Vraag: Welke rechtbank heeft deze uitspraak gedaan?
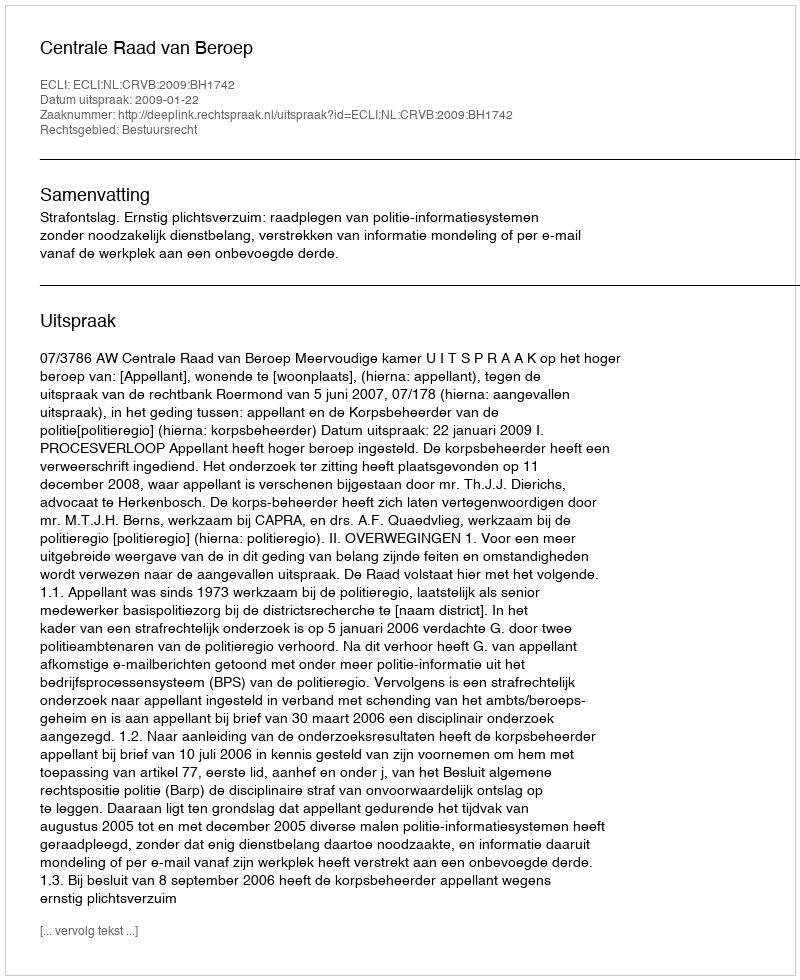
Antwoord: Centrale Raad van Beroep